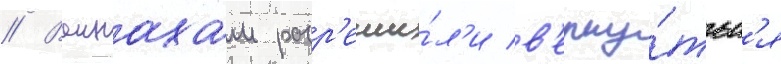
// Ваинахам разр'еши́л'и в'ерну́тьс'я